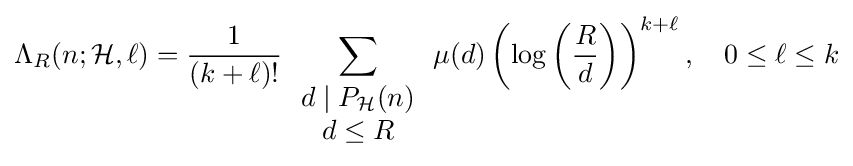
\Lambda _{R}(n;{\mathcal {H}},\ell )={\frac {1}{(k+\ell )!}}\sum \limits _{\begin{array}{c}d\mid P_{\mathcal {H}}(n)\\d\leq R\end{array}}\mu (d)\left(\log \left({\frac {R}{d}}\right)\right)^{k+\ell },\quad 0\leq \ell \leq k